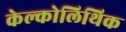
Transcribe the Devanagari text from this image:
केल्कोलिथिक